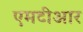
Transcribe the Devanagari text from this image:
एमटीआर